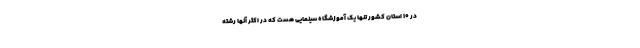
در ۱۰ استان کشور تنها یک آموزشگاه سینمایی هست که در اکثر آنها رشته